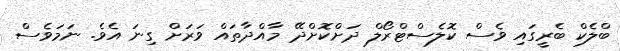
ބްލެކް ބެރީގައި ވެސް ކޮލެސްޓްރޯލް ދަށްކޮށްދޭ މާއްދާތައް ވަރަށް ގިނަ އެވެ. ނަމަވެސް